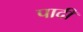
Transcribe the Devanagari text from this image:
पादीं